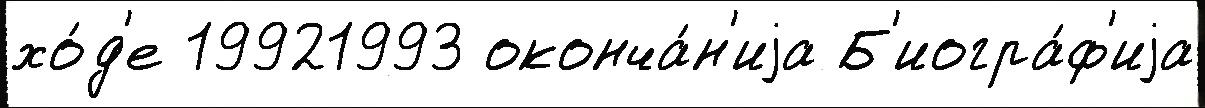
хо́д'е 19921993 оконча́н'иjа Б'иогра́ф'иjа